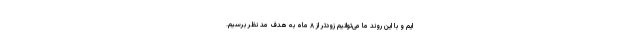
ایم و با این روند ما می‌توانیم زودتر از ۸ ماه به هدف مد نظر برسیم.